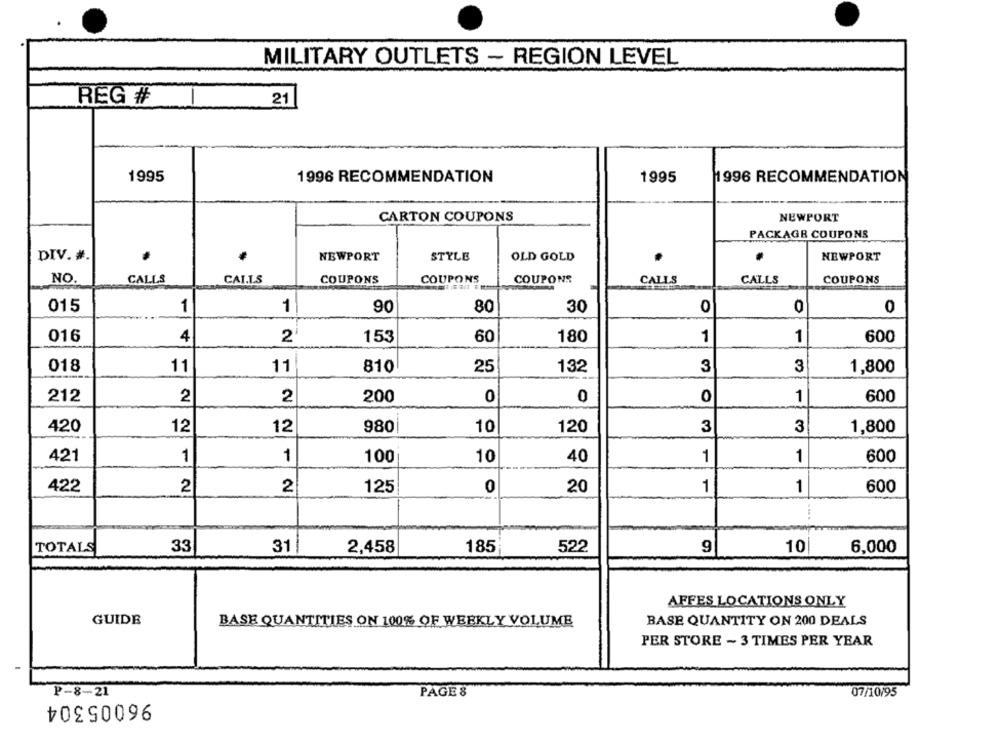
MILITARY OUTLETS - REGION LEVEL
REG #
21
1995
1996 RECOMMENDATION
1995
1996 RECOMMENDATION
CARTON COUPONS
NEWPORT
PACKAGE COUPONS
DIV. #.
NEWPORT
STYLE
OLD GOLD
NEWPORT
NO.
CALLS
CAI.L.S
COUPONS
COUPONS
COUPONS
CALLS
CALLS
COUPONS
015
1
1
90
80
30
0
0
0
016
4
2
153
60
180
1
1
600
018
11
11
810
25
132
3
3
1,800
212
2
2
200
0
0
0
1
600
420
12
12
980
10
120
3
3|
1,800
421
1
1
100
10
40
1
1
600
422
2
2
125
0
20
1
1
600
TOTALS
33
31
2,458
185
522
9
10
6,000
AFFES LOCATIONS ONLY
GUIDE
BASE QUANTITIES ON 100% OF WEEKLY VOLUME
BASE QUANTITY ON 200 DEALS
PER STORE ~ 3 TIMES PER YEAR
P-8-21
96005304
PAGE 8
07/10/95